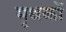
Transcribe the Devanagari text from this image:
मृथकों